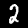
Digit: 2